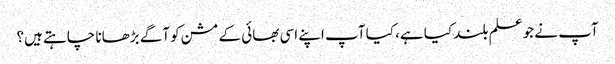
آپ نے جو علم بلند کیا ہے، کیا آپ اپنے اسی بھائی کے مشن کو آگے بڑھانا چاہتے ہیں؟